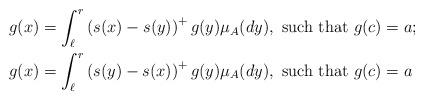
LaTeX: \begin{align*}g(x) &=\int_{\ell}^r\left(s(x)-s(y)\right)^+ g(y)\mu_A(dy), \mbox{ such that } g(c)=a;\\g(x)&=\int_{\ell}^r\left(s( y)-s(x)\right)^+g(y)\mu_A(dy), \mbox{ such that } g(c)=a\end{align*}